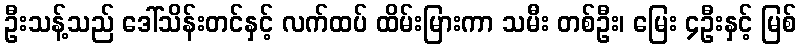
ဦးသန့်သည် ဒေါ်သိန်းတင်နှင့် လက်ထပ် ထိမ်းမြားကာ သမီး တစ်ဦး၊ မြေး ၄ဦးနှင့် မြစ်